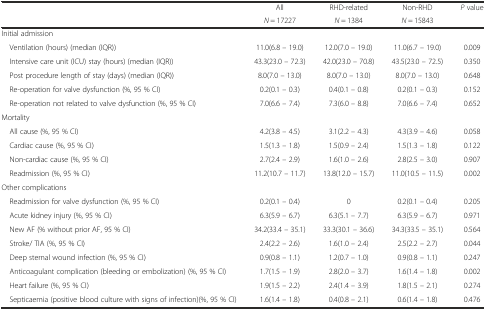
<table><thead><tr><td rowspan="2"></td><td><b>All</b></td><td><b>RHD-related</b></td><td><b>Non-RHD</b></td><td rowspan="2"><b><i>P</i> value</b></td></tr><tr><td><b><i>N</i> = 17227</b></td><td><b><i>N</i> = 1384</b></td><td><b><i>N</i> = 15843</b></td></tr></thead><tbody><tr><td colspan="5">Initial admission</td></tr><tr><td> Ventilation (hours) (median (IQR))</td><td>11.0(6.8 – 19.0)</td><td>12.0(7.0 – 19.0)</td><td>11.0(6.7 – 19.0)</td><td>0.009</td></tr><tr><td> Intensive care unit (ICU) stay (hours) (median (IQR))</td><td>43.3(23.0 – 72.3)</td><td>42.0(23.0 – 70.8)</td><td>43.5(23.0 – 72.5)</td><td>0.350</td></tr><tr><td> Post procedure length of stay (days) (median (IQR))</td><td>8.0(7.0 – 13.0)</td><td>8.0(7.0 – 13.0)</td><td>8.0(7.0 – 13.0)</td><td>0.648</td></tr><tr><td> Re-operation for valve dysfunction (%, 95 % CI)</td><td>0.2(0.1 – 0.3)</td><td>0.4(0.1 – 0.8)</td><td>0.2(0.1 – 0.3)</td><td>0.152</td></tr><tr><td> Re-operation not related to valve dysfunction (%, 95 % CI)</td><td>7.0(6.6 – 7.4)</td><td>7.3(6.0 – 8.8)</td><td>7.0(6.6 – 7.4)</td><td>0.652</td></tr><tr><td colspan="5">Mortality</td></tr><tr><td> All cause (%, 95 % CI)</td><td>4.2(3.8 – 4.5)</td><td>3.1(2.2 – 4.3)</td><td>4.3(3.9 – 4.6)</td><td>0.058</td></tr><tr><td> Cardiac cause (%, 95 % CI)</td><td>1.5(1.3 – 1.8)</td><td>1.5(0.9 – 2.4)</td><td>1.5(1.3 – 1.8)</td><td>0.122</td></tr><tr><td> Non-cardiac cause (%, 95 % CI)</td><td>2.7(2.4 – 2.9)</td><td>1.6(1.0 – 2.6)</td><td>2.8(2.5 – 3.0)</td><td>0.907</td></tr><tr><td> Readmission (%, 95 % CI)</td><td>11.2(10.7 – 11.7)</td><td>13.8(12.0 – 15.7)</td><td>11.0(10.5 – 11.5)</td><td>0.002</td></tr><tr><td colspan="5">Other complications</td></tr><tr><td> Readmission for valve dysfunction (%, 95 % CI)</td><td>0.2(0.1 – 0.4)</td><td>0</td><td>0.2(0.1 – 0.4)</td><td>0.205</td></tr><tr><td> Acute kidney injury (%, 95 % CI)</td><td>6.3(5.9 – 6.7)</td><td>6.3(5.1 – 7.7)</td><td>6.3(5.9 – 6.7)</td><td>0.971</td></tr><tr><td> New AF (% without prior AF, 95 % CI)</td><td>34.2(33.4 – 35.1)</td><td>33.3(30.1 – 36.6)</td><td>34.3(33.5 – 35.1)</td><td>0.564</td></tr><tr><td> Stroke/ TIA (%, 95 % CI)</td><td>2.4(2.2 – 2.6)</td><td>1.6(1.0 – 2.4)</td><td>2.5(2.2 – 2.7)</td><td>0.044</td></tr><tr><td> Deep sternal wound infection (%, 95 % CI)</td><td>0.9(0.8 – 1.1)</td><td>1.2(0.7 – 1.0)</td><td>0.9(0.8 – 1.1)</td><td>0.247</td></tr><tr><td> Anticoagulant complication (bleeding or embolization) (%, 95 % CI)</td><td>1.7(1.5 – 1.9)</td><td>2.8(2.0 – 3.7)</td><td>1.6(1.4 – 1.8)</td><td>0.002</td></tr><tr><td> Heart failure (%, 95 % CI)</td><td>1.9(1.5 – 2.2)</td><td>2.4(1.4 – 3.9)</td><td>1.8(1.5 – 2.1)</td><td>0.274</td></tr><tr><td> Septicaemia (positive blood culture with signs of infection)(%, 95 % CI)</td><td>1.6(1.4 – 1.8)</td><td>0.4(0.8 – 2.1)</td><td>0.6(1.4 – 1.8)</td><td>0.476</td></tr></tbody></table>